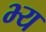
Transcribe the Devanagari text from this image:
भ्य